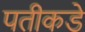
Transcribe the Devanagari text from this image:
पतीकडे